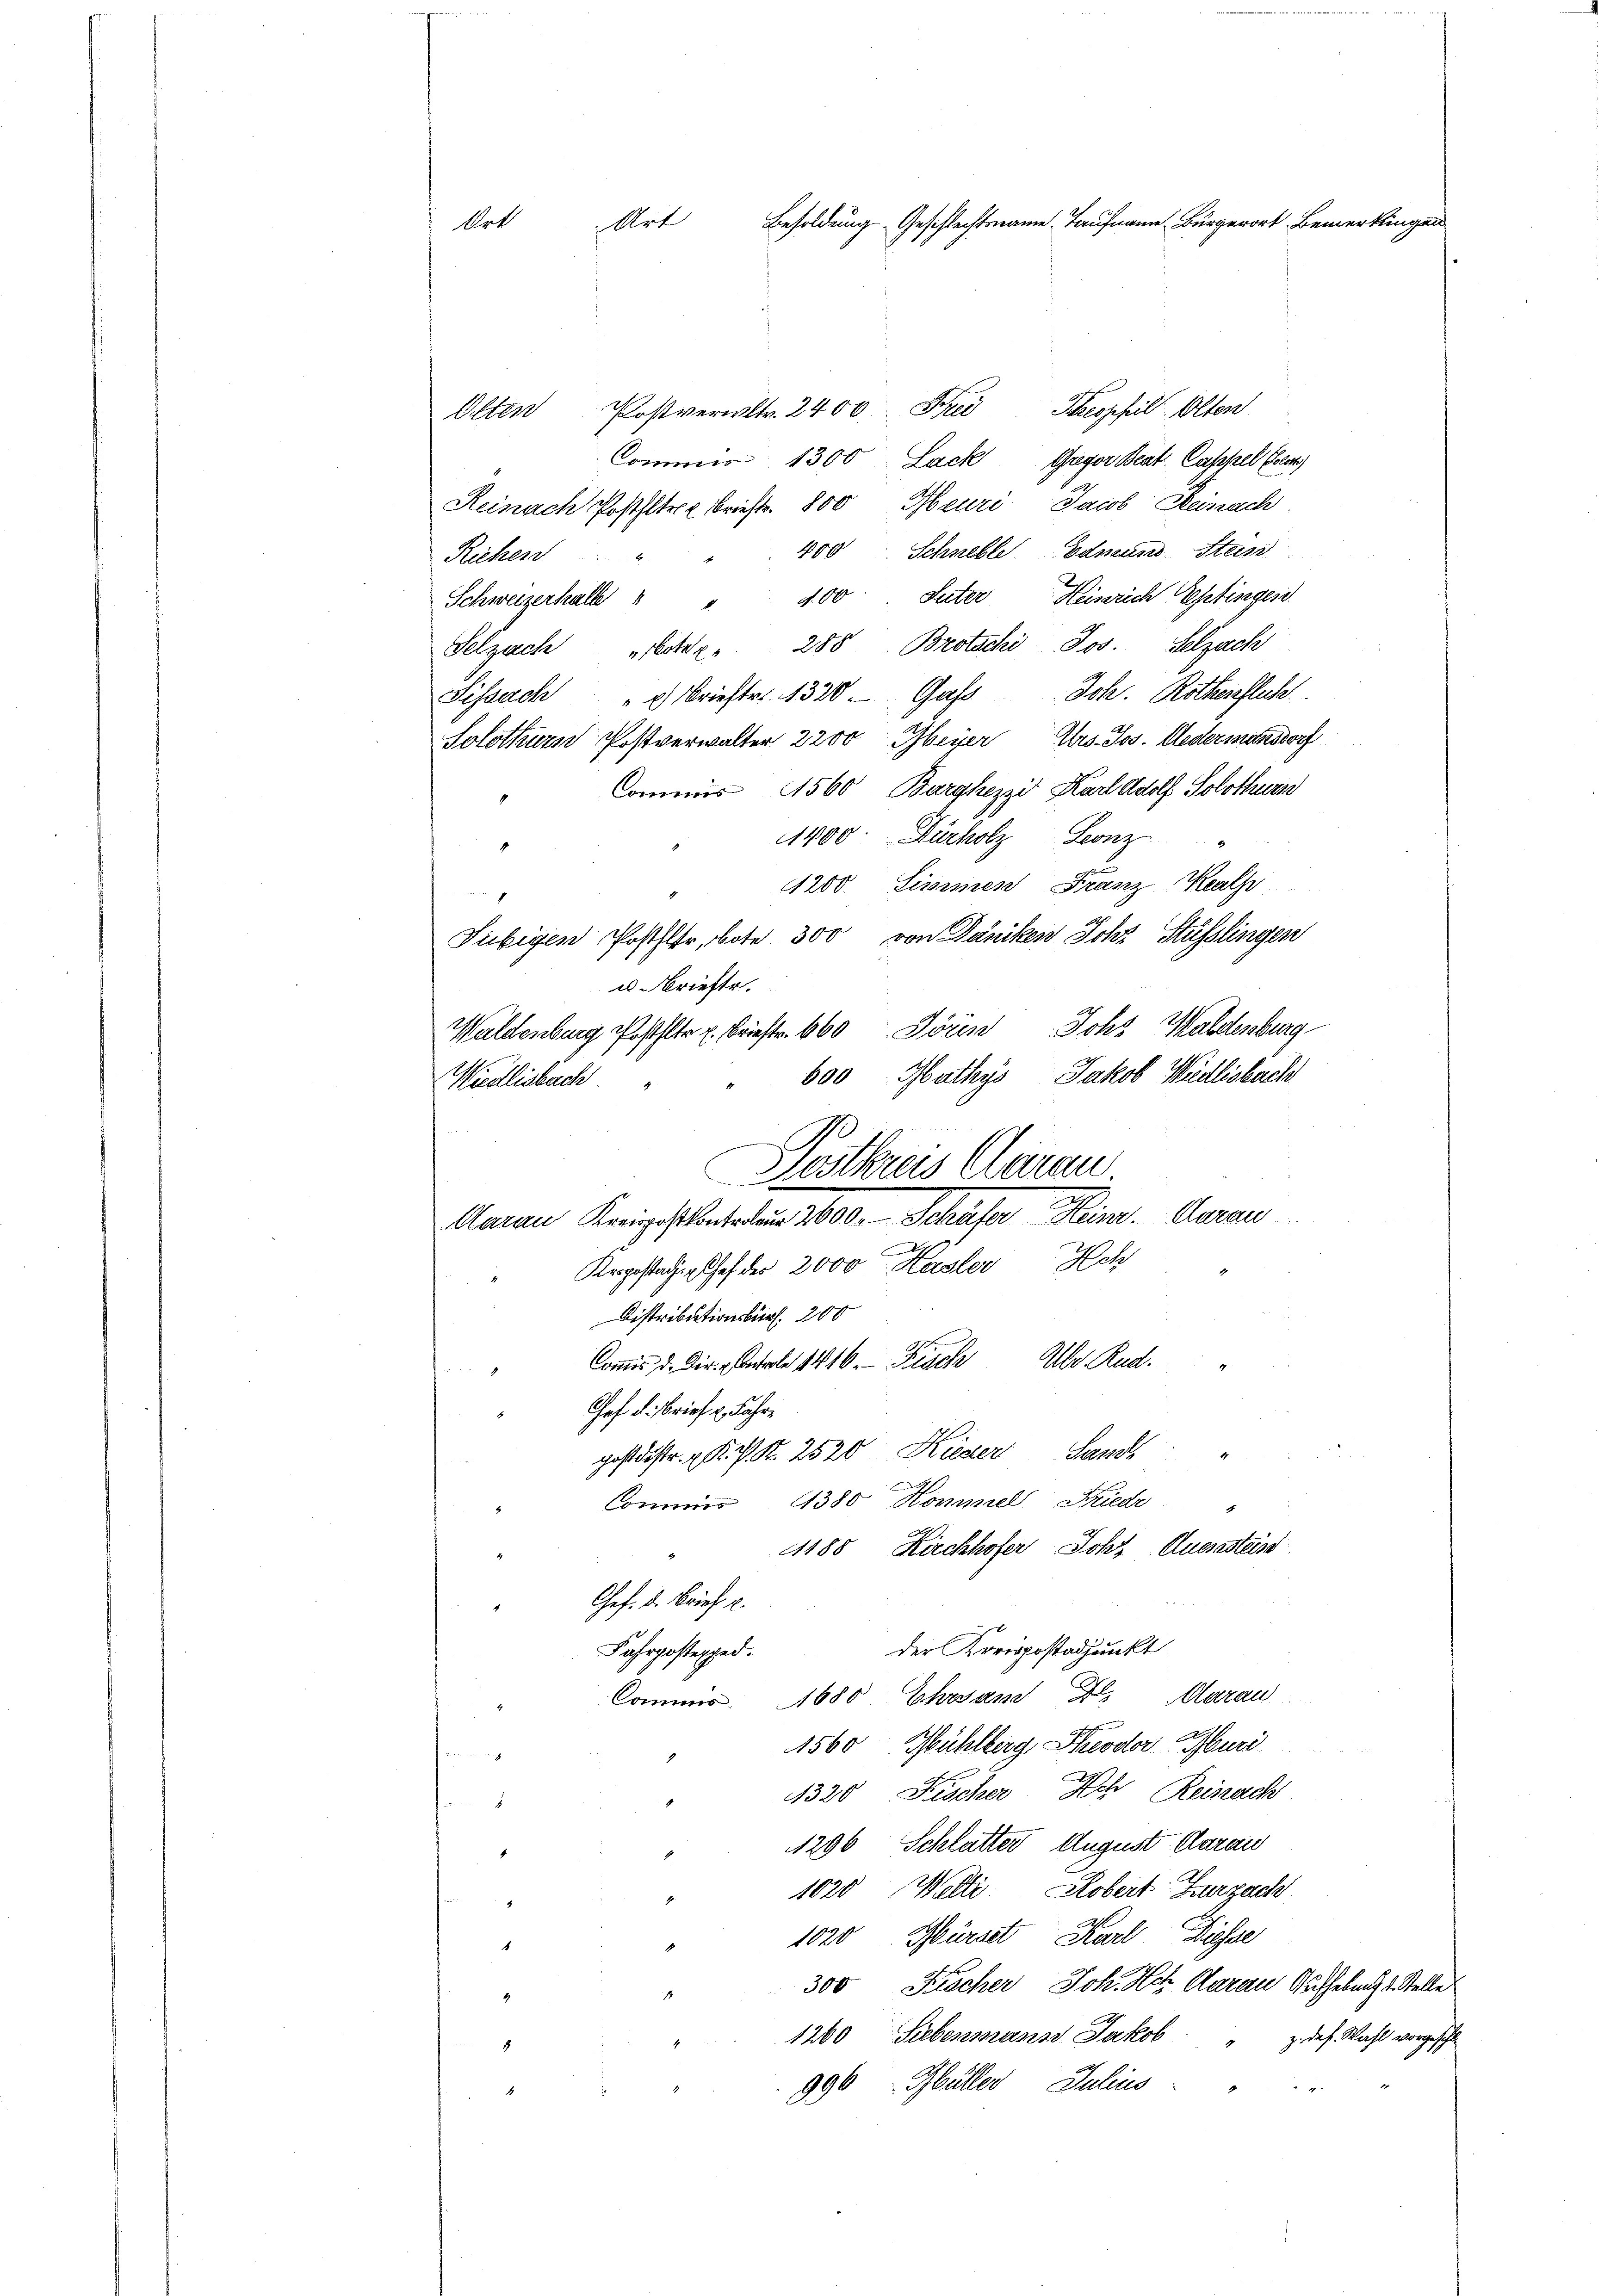
Art Besoldung Geschlechtsname auf Bürger Bemerkung
Art

Alten Postverwltr. 2400. Frei Kresphil Olten
Commis 1300 Lack Geger Beat. Cassel Elter
Reinach Posthltr. Briefte 800 Meuri, Jacob Danach
400
Schnelle Edmund Stein
Richen
Schweizerhalbe " " 400 Suter Heinrich Eptingerd
Selzach tele" 288 Brotschi Jos. Selzach
Sissach " " Brieftr. 1320. Gass Joh. Rottenflich
Solothurn Postverwalter 2200 Meyer Abs. Jos. Wedermannsdorf
Commis 1560, Barghezzi Karl Adolf Solothurn
1400. Dürholz Leonz
1200 Sissmen Franz Reali

Subigen Posthler, bote 300 von Däniken Ichs Stüsslingen
u Briefte.
Waldenburg Posthalter u. Brieftr. 660 Jören Johs. Waldenburg
600 Mathys Jakob Weidlisbach
Wiedlisbach
n
Sostkreis Clarau
Aarau Kriegestantenden 2600. Schuler Heim. Aarau
Krrgestatis Chef der 2000 Hasler Hch
Distributionsbürf. 200
Commis d. Dir. Unterle 1446.  Fisch Alber. Rud.
Chef d. Brief u. Fahrpostdistr. d. M. R. 2520 Kieser Sands
Commis 1380 Kommel Friede
188 Kirchhofer Johs. Aussesteis
Chef. d. Brief u.
der Kreispostadjunkt
Fahrpostexped.
Commis 1680 Ehrsam Dr. Marau
1560 Mühlberg, Kreodor Muri
¬
1320 Fischer Ach, Reinach
hand
1296, Schlatter August daraus
2
1020 Welti. Robert Zurzach
1020. Märst Karl Disse
1
300 Fracher Joh. Hch. Aarau Aufhebung 2. Stelle
1260 Siebenmans Jakob " z. def. Wahl vorgeschle
8
996 Müller, Julius
4